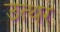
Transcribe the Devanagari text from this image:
उत्थर